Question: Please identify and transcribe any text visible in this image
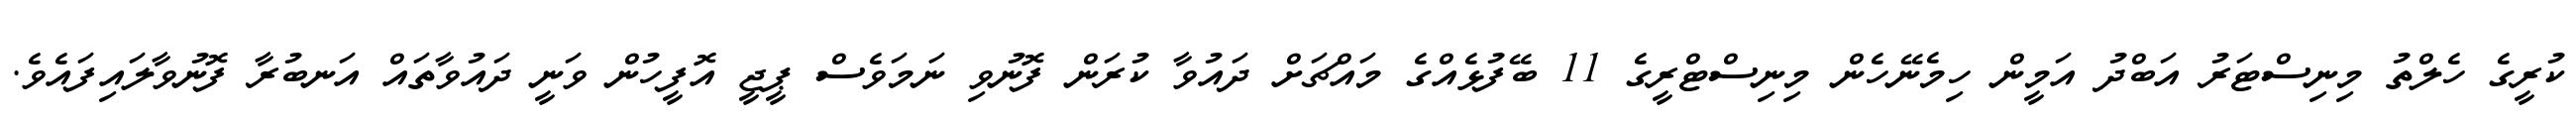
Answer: ކުރީގެ ހެލްތު މިނިސްޓަރު އަބްދު އަމީން ހިމެނޭހެން މިނިސްޓްރީގެ 11 ބޭފުޅެއްގެ މައްޗަށް ދައުވާ ކުރަން ފޮނުވި ނަމަވެސް ޕީޖީ އޮފީހުން ވަނީ ދައުވާތައް އަނބުރާ ފޮނުވާލައިފައެވެ.